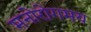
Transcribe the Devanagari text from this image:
मनोरोगमय